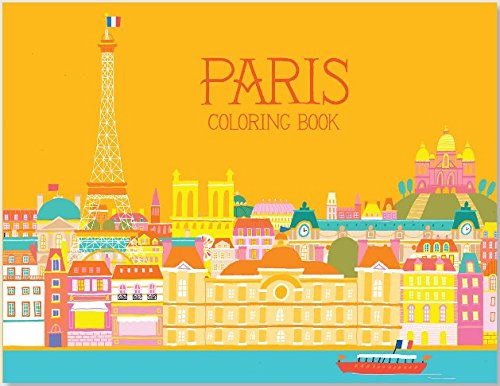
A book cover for Paris Coloring Book; Travel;